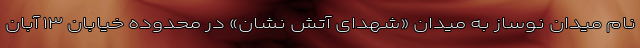
نام میدان نوساز به میدان «شهدای آتش نشان» در محدوده خیابان ۱۳ آبان